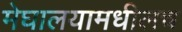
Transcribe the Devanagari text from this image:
मेघालयामधीलच